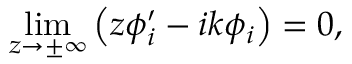
\operatorname* { l i m } _ { z \to \pm \infty } \left( z \phi _ { i } ^ { \prime } - i k \phi _ { i } \right) = 0 ,